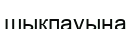
шықпауына